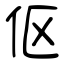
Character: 伛